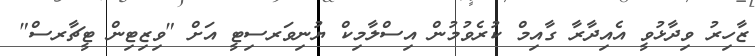
ޒާހިރު ވިދާޅުވީ އެއިދާރާ ގާއިމް ކުރެވުމުން އިސްލާމިކް ޔުނިވަރސިޓީ އަށް "ވިޒިޓިން ޓީޗާރސް"